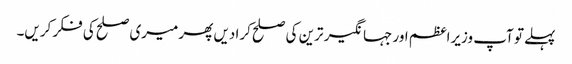
پہلے تو آپ وزیراعظم اور جہانگیر ترین کی صلح کرا دیں پھر میری صلح کی فکر کریں۔